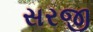
સરજી